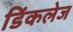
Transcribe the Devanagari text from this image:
डिंकलेज